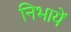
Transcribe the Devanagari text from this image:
निभायें